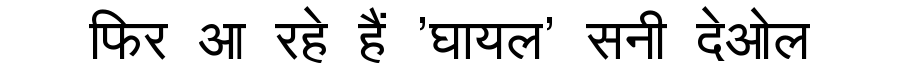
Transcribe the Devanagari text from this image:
फिर आ रहे हैं 'घायल' सनी देओल